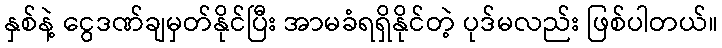
နှစ်နဲ့ ငွေဒဏ်ချမှတ်နိုင်ပြီး အာမခံရရှိနိုင်တဲ့ ပုဒ်မလည်း ဖြစ်ပါတယ်။